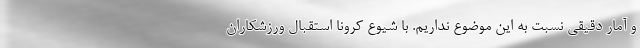
و آمار دقیقی نسبت به این موضوع نداریم. با شیوع کرونا استقبال ورزشکاران